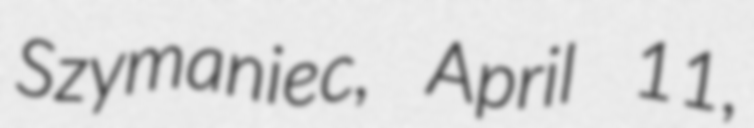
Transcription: Szymaniec, April 11,